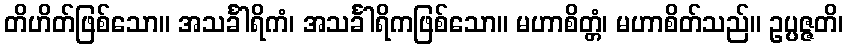
တိဟိတ်ဖြစ်သော။ အသင်္ခါရိကံ၊ အသင်္ခါရိကဖြစ်သော။ မဟာစိတ္တံ၊ မဟာစိတ်သည်။ ဥပ္ပဇ္ဇတိ၊